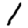
Digit: 1